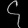
Digit: ၄